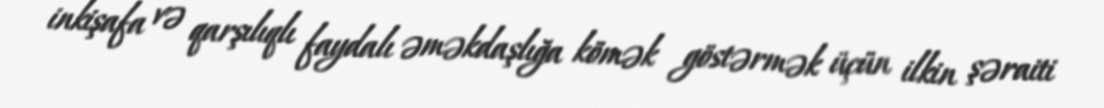
inkişafa və qarşılıqlı faydalı əməkdaşlığa kömək göstərmək üçün ilkin şəraiti